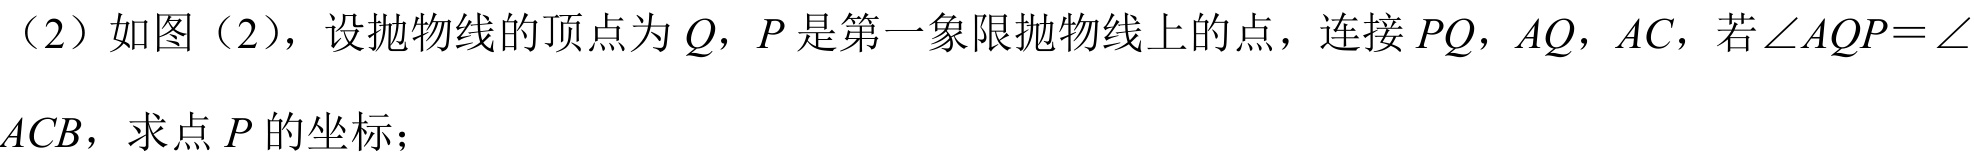
（2）如图（2），设抛物线的顶点为\(Q\)，\(P\)是第一象限抛物线上的点，连接\(PQ\)，\(AQ\)，\(AC\)，若\(\angle AQP = \angle ACB\)，求点\(P\)的坐标；